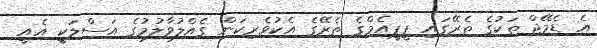
އެ ޑެމޭޖް ތަކުގެ ތެރޭގައި ޕީޕީއެމްގެ ތެރޭގެ އެކުވެރިކަން ގެއްލުވާލުމުގެ އަސްލަކީ އެއީ